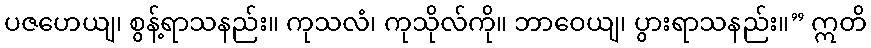
ပဇဟေယျ၊ စွန့်ရာသနည်း။ ကုသလံ၊ ကုသိုလ်ကို။ ဘာဝေယျ၊ ပွားရာသနည်း။” ဣတိ